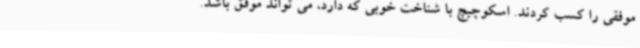
موفقی را کسب کردند. اسکوچیچ با شناخت خوبی که دارد، می تواند موفق باشد.